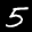
Label: 5